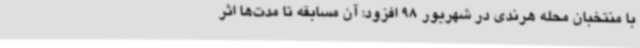
با منتخبان محله هرندی در شهریور 98 افزود: آن مسابقه تا مدت‌ها اثر